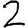
Digit: 2